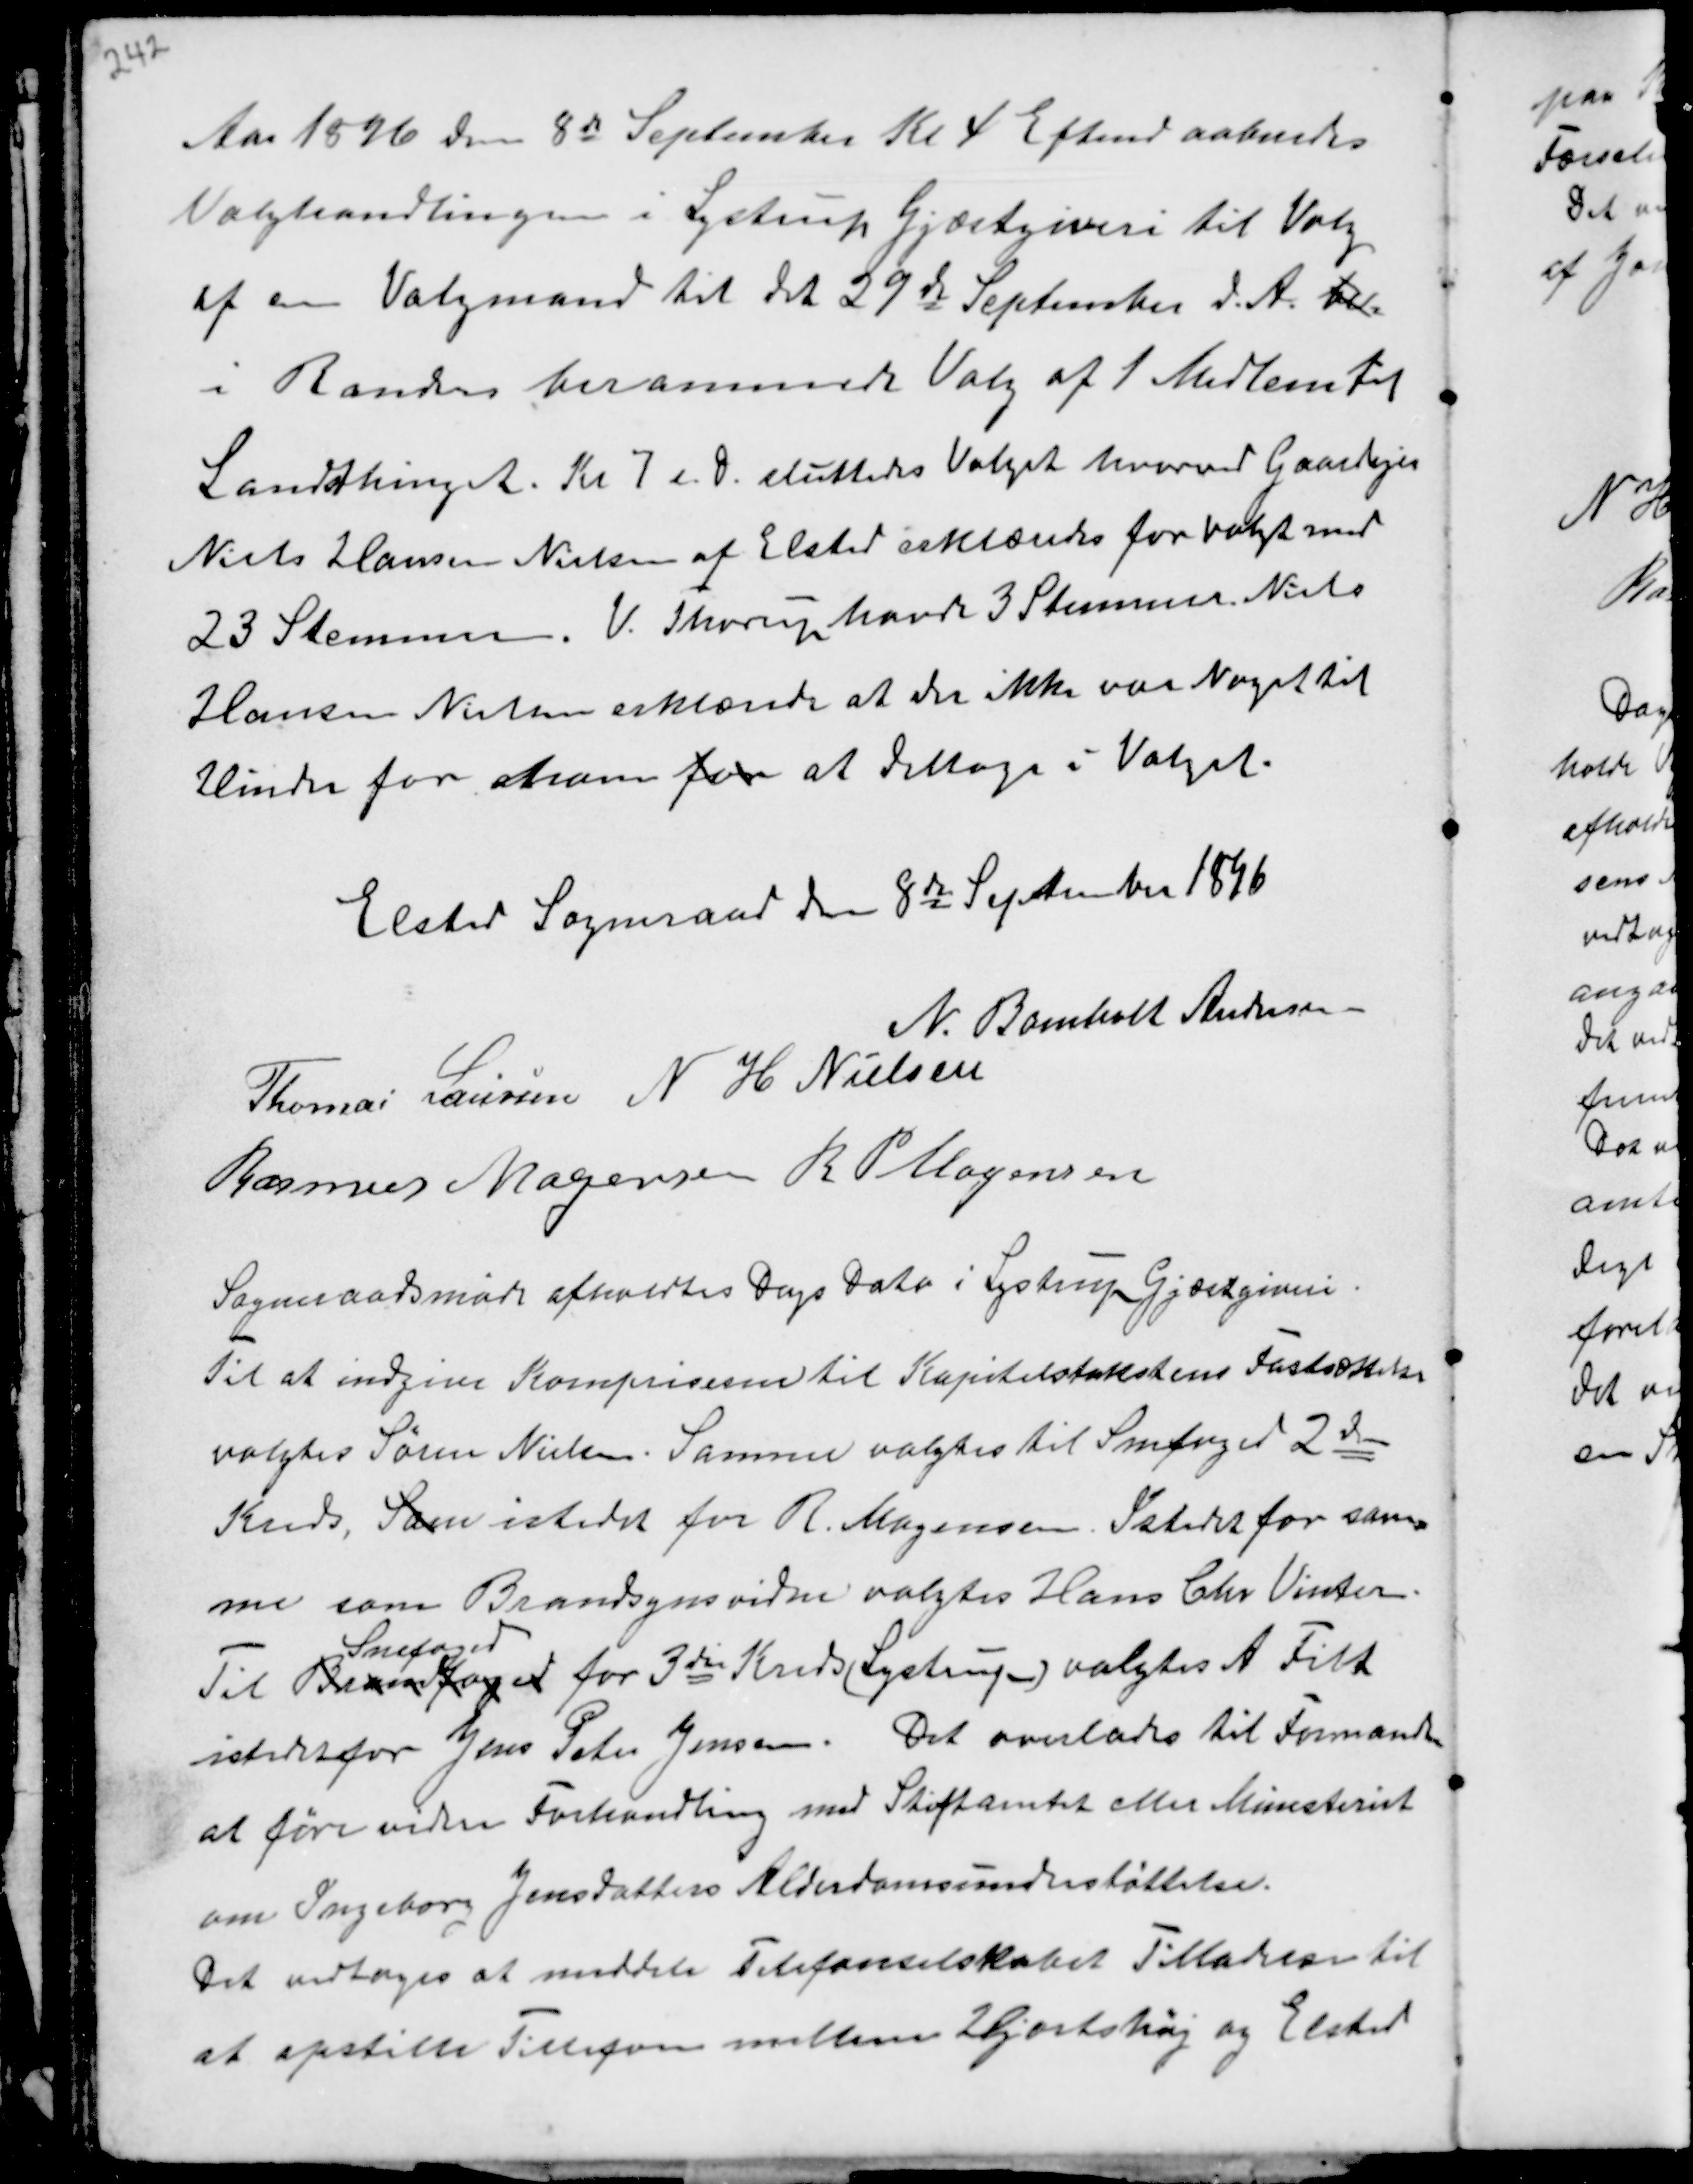
Transskription:
Aar 1896 den 8de September Kl 4 Eftermd aabnedes
Valghandlingen i Lystrup Gjæstgiveri til Valg
af en Valgmand til det 29de September d.A. be-
i Randers berammede Valg af 1 Medlem til
Landsthinget. Kl 7 c 8 sluttedes Valget hvorved Gaardejer
Niels Hansen Nielsen af Elsted erklæredes for Valgt med
23 Stemmer. V. Thorup havde 3 Stemmer. Niels
Hansen Nielsen erklærede at der ikke var Noget til
Hinder for ham for at deltage i Valget.

Elsted Sogneraad den 8de September 1896
N. Bomholt Andersen
Thomas Laursen N H Nielsen
Rasmus Mogensen R P Mogensen

Sogneraadsmøde afholdes Dags Dato i Lystrup Gjæstgiveri.
Til at indgive Kornpriserne til Kapitelstakstens Fastsættelse
valgtes Søren Nielsen. Samme valgtes til Snefoged 2den
Kreds, Som istedet for R. Mogensen. Istedet for sam-
me som Brandsynsvidne valgtes Hans Chr Vinter.
Til Brandfoged
Snefoged
for 3die Kreds (Lystrup) valgtes A Filt
istedetfor Jens Peter Jensen. Det overlades til Formanden
at føre videre Forhandling med Stiftamtet eller Ministeriet
om Ingeborg Jensdatters Alderdomsunderstøttelse.
Det vedtoges at meddele Telefonselskabet Tilladelse til
at opstille Tellefon mellem Hjortshøj og Elsted